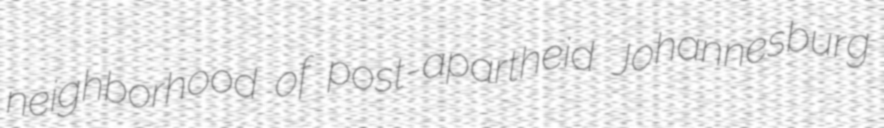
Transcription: neighborhood of post-apartheid Johannesburg